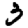
Digit: 3